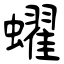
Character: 蠗